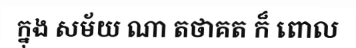
ក្នុង សម័យ ណា តថាគត ក៏ ពោល